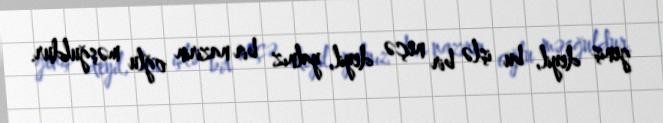
geniş deyil, bu işlə bir neçə deyil, yalnız bir nazirin oğlu məşğuldur.